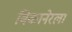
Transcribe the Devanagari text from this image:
बिकानेरला